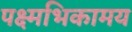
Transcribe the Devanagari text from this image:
पक्ष्मभिकामय